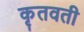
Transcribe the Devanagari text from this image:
कृतवती